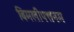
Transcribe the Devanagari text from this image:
बिमलीपत्तनम